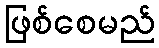
ဖြစ်စေမည်